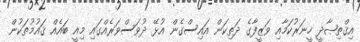
އިޤްތިޞާދީ ހީނަރުކަމާއި ވަޒީފާގެ ދަތިކަން އައިސްގެން އުޅޭ ދުވަސްވަރެއްގައި މިއީ ބައެއް ޤައުމުތަކުން